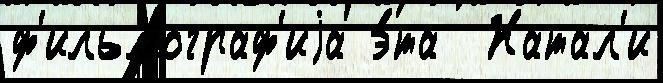
ф'ильмограф'иjа э́та  Натал'и